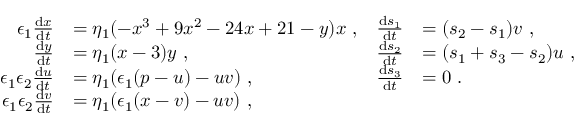
\begin{array} { r l r l } { \epsilon _ { 1 } \frac { \mathrm { d } x } { \mathrm { d } t } } & { = \eta _ { 1 } ( - x ^ { 3 } + 9 x ^ { 2 } - 2 4 x + 2 1 - y ) x \ , } & { \frac { \mathrm { d } s _ { 1 } } { \mathrm { d } t } } & { = ( s _ { 2 } - s _ { 1 } ) v \ , } \\ { \frac { \mathrm { d } y } { \mathrm { d } t } } & { = \eta _ { 1 } ( x - 3 ) y \ , } & { \frac { \mathrm { d } s _ { 2 } } { \mathrm { d } t } } & { = ( s _ { 1 } + s _ { 3 } - s _ { 2 } ) u \ , } \\ { \epsilon _ { 1 } \epsilon _ { 2 } \frac { \mathrm { d } u } { \mathrm { d } t } } & { = \eta _ { 1 } ( \epsilon _ { 1 } ( p - u ) - u v ) \ , } & { \frac { \mathrm { d } s _ { 3 } } { \mathrm { d } t } } & { = 0 \ . } \\ { \epsilon _ { 1 } \epsilon _ { 2 } \frac { \mathrm { d } v } { \mathrm { d } t } } & { = \eta _ { 1 } ( \epsilon _ { 1 } ( x - v ) - u v ) \ , } \end{array}